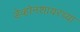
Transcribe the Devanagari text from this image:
डेव्होनशायरच्या